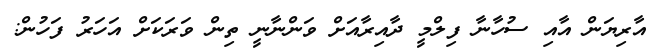
އާރިޔަން އާއި ސުހާނާ ފިލްމީ ދާއިރާއަށް ވަންނާނީ ތިން ވަރަކަށް އަހަރު ފަހުން: